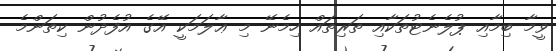
ވީމާ ބިމާއި ޕުލެނެޓުތަކާއި ތަރިތައް ހިމެނޭ މި ޢާލަމަކީ އޭގެ އުފެދުން ކިތަންމެ